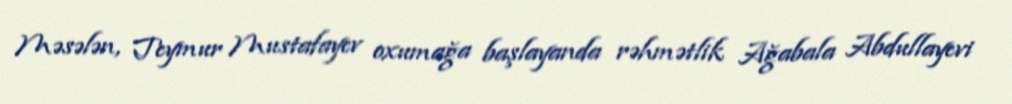
Məsələn, Teymur Mustafayev oxumağa başlayanda rəhmətlik Ağabala Abdullayevi